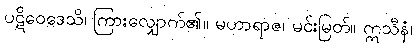
ပဋိဝေဒေသိ၊ ကြားလျှောက်၏။ မဟာရာဇ၊ မင်းမြတ်။ ဣသီနံ၊